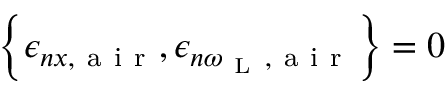
\left\{ \epsilon _ { n x , \mathrm { ~ a ~ i ~ r ~ } } , \epsilon _ { n \omega _ { \mathrm { ~ L ~ } } , \mathrm { ~ a ~ i ~ r ~ } } \right\} = 0